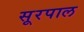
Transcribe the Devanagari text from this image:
सूरपाल